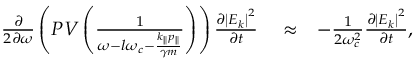
\begin{array} { r l r } { \frac { \partial } { 2 \partial \omega } \left( P V \left( \frac { 1 } { \omega - l \omega _ { c } - \frac { k _ { \parallel } p _ { \parallel } } { \gamma m } } \right) \right) \frac { \partial \left| E _ { k } \right| ^ { 2 } } { \partial t } } & { { } \approx } & { - \frac { 1 } { 2 \omega _ { c } ^ { 2 } } \frac { \partial \left| E _ { k } \right| ^ { 2 } } { \partial t } , } \end{array}